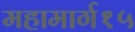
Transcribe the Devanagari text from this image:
महामार्ग१५